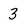
Character: 3